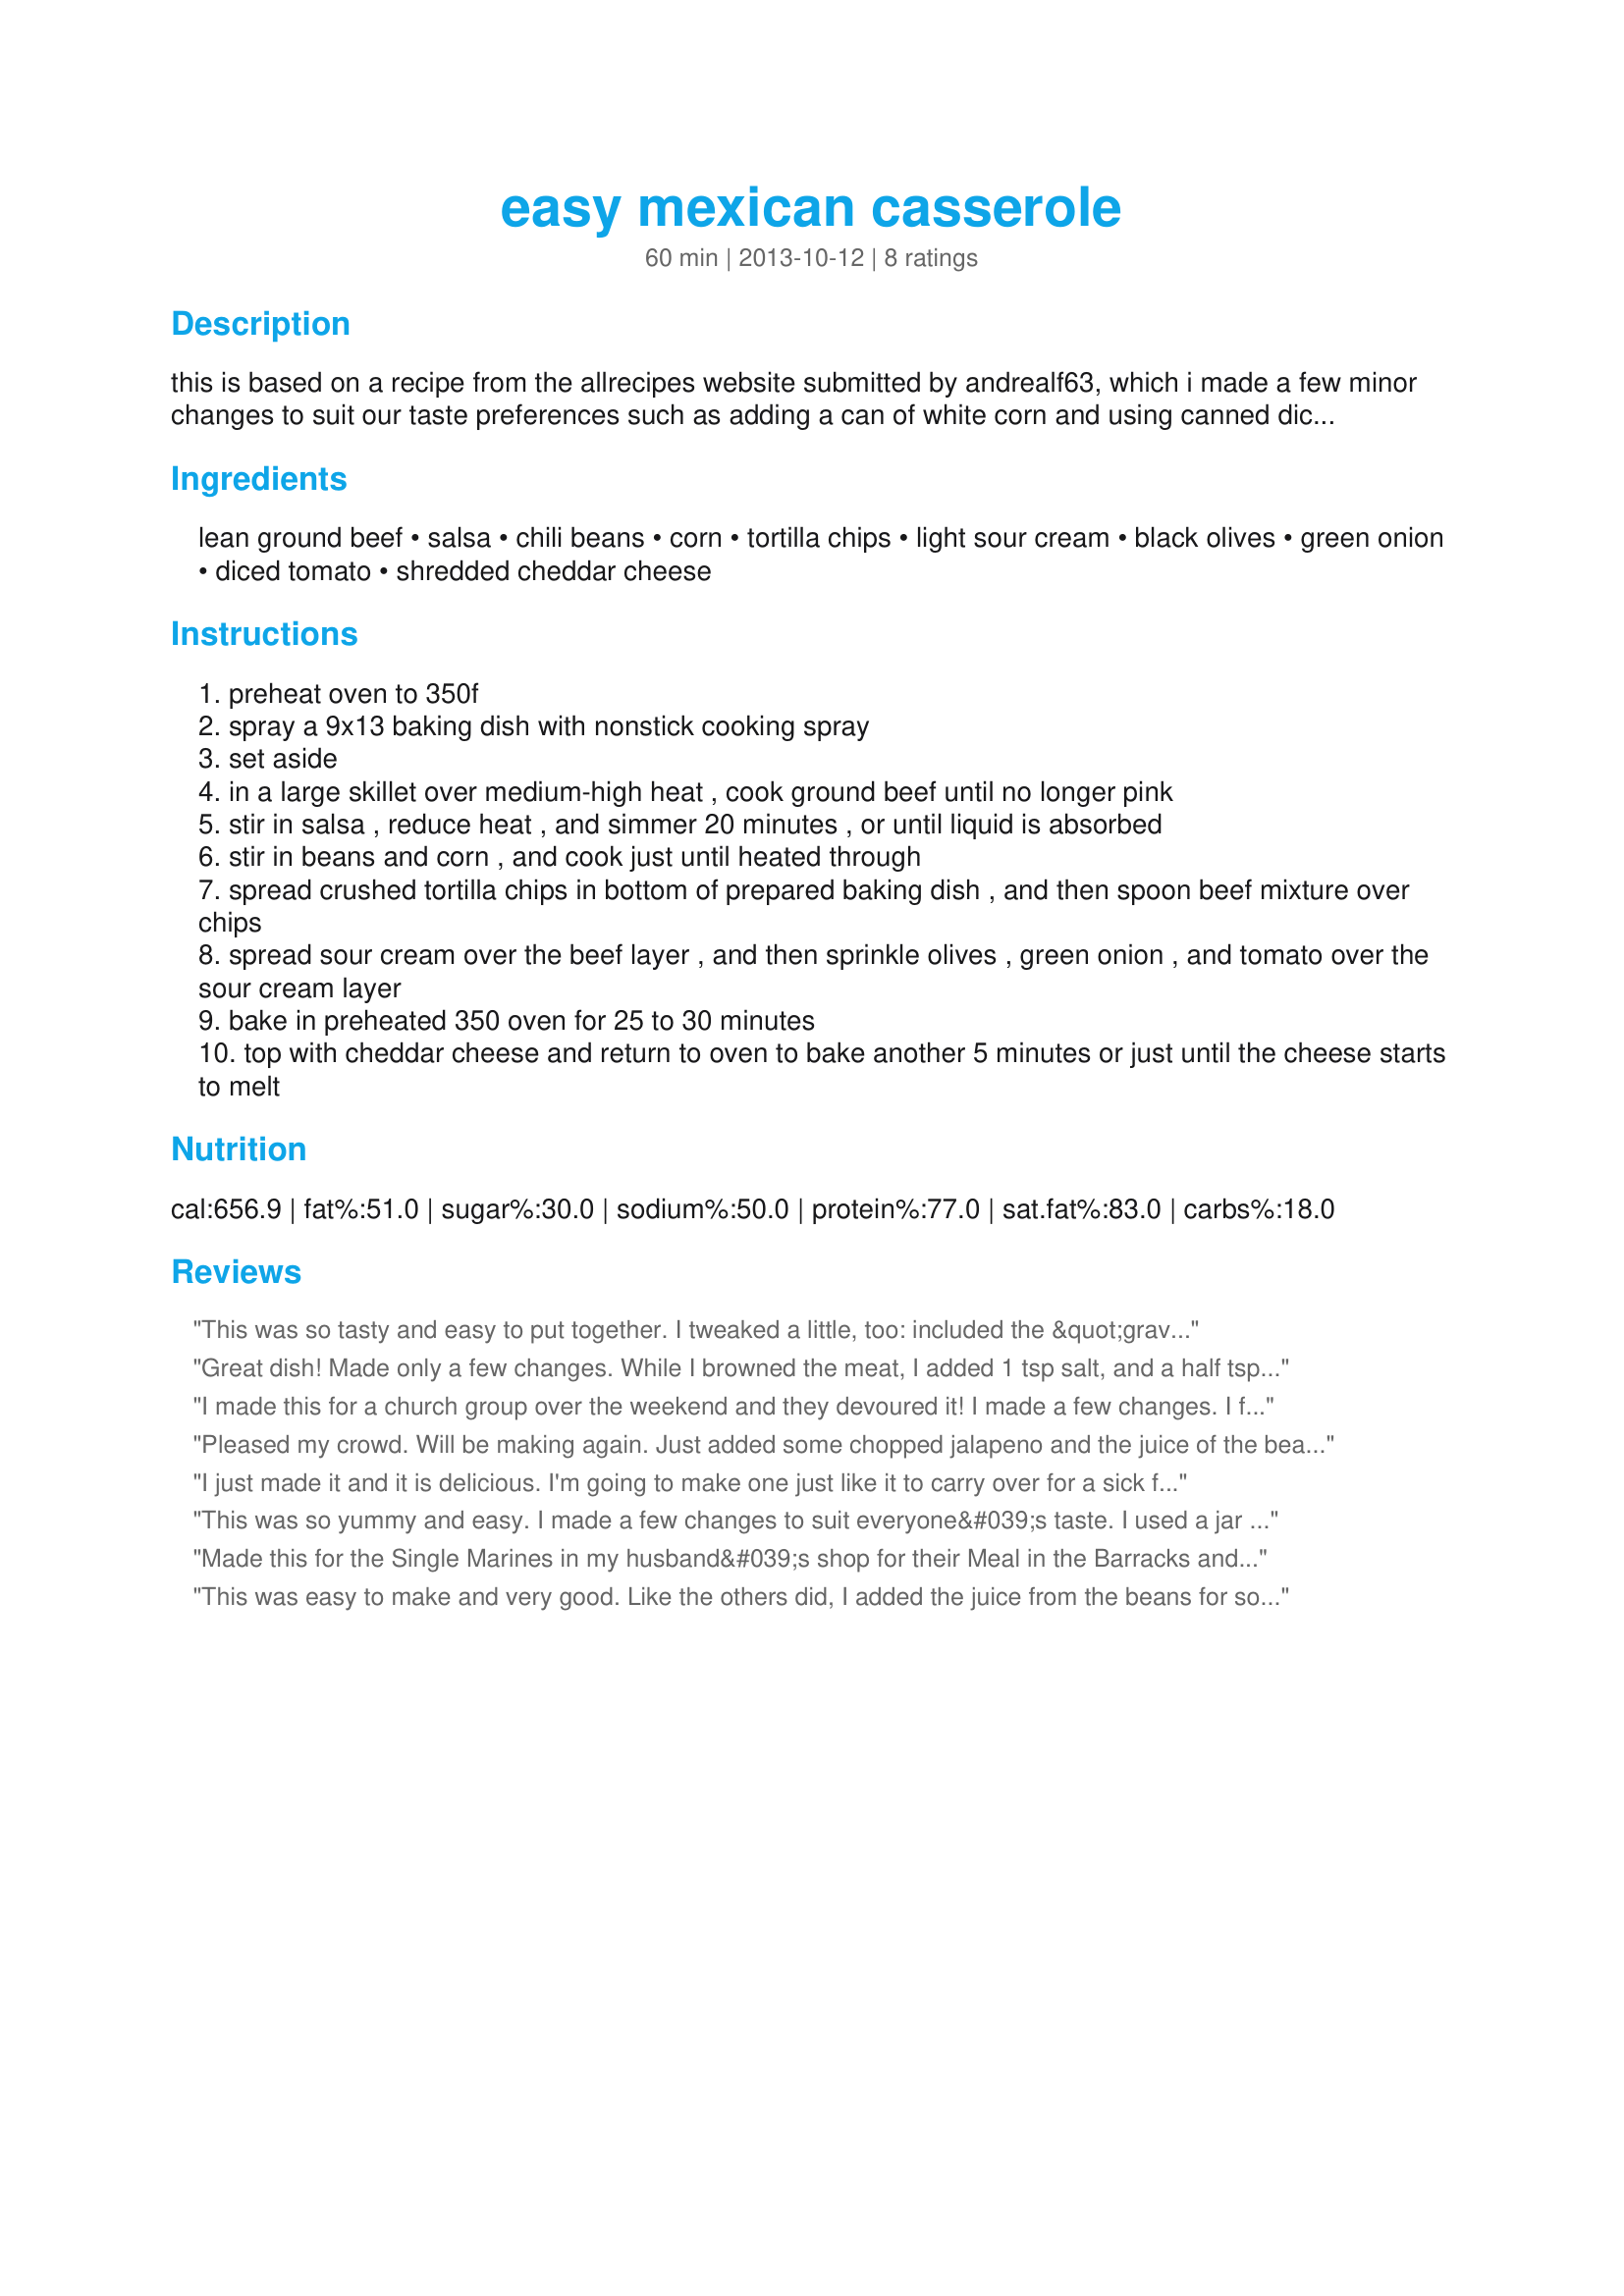
easy mexican casserole
Preparation time: 60 minutes

this is based on a recipe from the allrecipes website submitted by andrealf63, which i made a few minor changes to suit our taste preferences such as adding a can of white corn and using canned diced tomatoes instead of fresh chopped tomatoes. but i look forward to making this again and trying some of the other changes that some of the reviewers suggested, like maybe adding some minced garlic or perhaps a diced jalapeno pepper or chopped bell pepper.

Ingredients:
lean ground beef, salsa, chili beans, corn, tortilla chips, light sour cream, black olives, green onion, diced tomato, shredded cheddar cheese

Steps:
preheat oven to 350f
spray a 9x13 baking dish with nonstick cooking spray
set aside
in a large skillet over medium-high heat , cook ground beef until no longer pink
stir in salsa , reduce heat , and simmer 20 minutes , or until liquid is absorbed
stir in beans and corn , and cook just until heated through
spread crushed tortilla chips in bottom of prepared baking dish , and then spoon beef mixture over chips
spread sour cream over the beef layer , and then sprinkle olives , green onion , and tomato over the sour cream layer
bake in preheated 350 oven for 25 to 30 minutes
top with cheddar cheese and return to oven to bake another 5 minutes or just until the cheese starts to melt

Reviews:
This was so tasty and easy to put together. I tweaked a little, too: included the &quot;gravy&quot; with the can of chili beans. I figure since the recipe called for chili beans, not just black beans or pinto beans, I may as well use the gravy because it&#039;s got extra chili seasoning in it. Also, added chopped green pepper to the meat.
Great dish! Made only a few changes. While I browned the meat, I added 1 tsp salt, and a half tsp each of garlic powder, onion powder, cumin, and chili powder.
Also I used 3 cups of crushed chips, doubling the recipe amount.
With those changes I will def make this again and again.
I made this for a church group over the weekend and they devoured it! I made a few changes. I followed the original recipes by omitting the corn and increasing the chips to 3 cups. Also, I omitted the olives as a personal preference. I completed step 2 the day before. I poured off the liquid on top of the chili beans, but did not drain them completely as I didn&#039;t want to lose all the seasoning. The next day the filling was very thick like a chili and was very easy to spread in the pan. I did use a 10 oz can if diced tomatoes with lime and cilantro for the tomato. Again, I poured off the top liquid, but did not drain these well. My baking dish was a foil 11.75x9.38-inch sterno pan. This made the contents deeper, so since I was starting with a cold filling, I baked it for 45 minutes, put the cheese on and then another 15 minutes. The food was hot, and the chips still had some crunch to them despite being on the bottom. It was a great hit, thanks so much!
Pleased my crowd. Will be making again. Just added some chopped jalapeno and the juice of the beans otherwise it was a little bland to our tastes but then we are all adults probably wouldn&#039;t have changed anything if we had small children. Reheats awesome too.
I just made it and it is delicious. I'm going to make one just like it to carry over for a sick friend who loves Mexican food. I used Rotel tomatoes instead of fresh ones.
This was so yummy and easy. I made a few changes to suit everyone&#039;s taste. I used a jar (basically a cup and a half) of Trader Joe&#039;s Tomatillo &amp; Roasted Yellow Chili salsa. This had just the right amount of smokey, spicy flavor for my family. I used the chopped tomatoes, olives, and green onions as garnish instead of baking them into the casserole so that everyone could personalize their bowl. It came out perfect. I like this way better than regular chili. This is a keeper and so easy!
Made this for the Single Marines in my husband&#039;s shop for their Meal in the Barracks and I&#039;m honestly jealous because it&#039;s so good and they get to eat it all. Haha. I saved a little for my small family of three to taste before sending the rest off to them. I&#039;m sure it&#039;ll be a big hit over there.
This was easy to make and very good. Like the others did, I added the juice from the beans for some extra seasoning. I made a smaller batch and we really enjoyed this. Thanks, NWG for a nice keeper that we will make again. Congrats on you Football win!!
